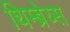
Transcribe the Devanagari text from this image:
थिम्ब्रेय्स